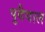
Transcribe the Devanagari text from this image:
पुदैयाल